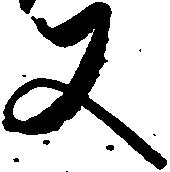
又